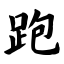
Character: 跑